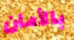
بالأمان